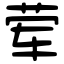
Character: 荤